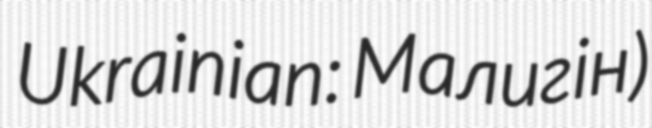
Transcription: Ukrainian: Малигін)